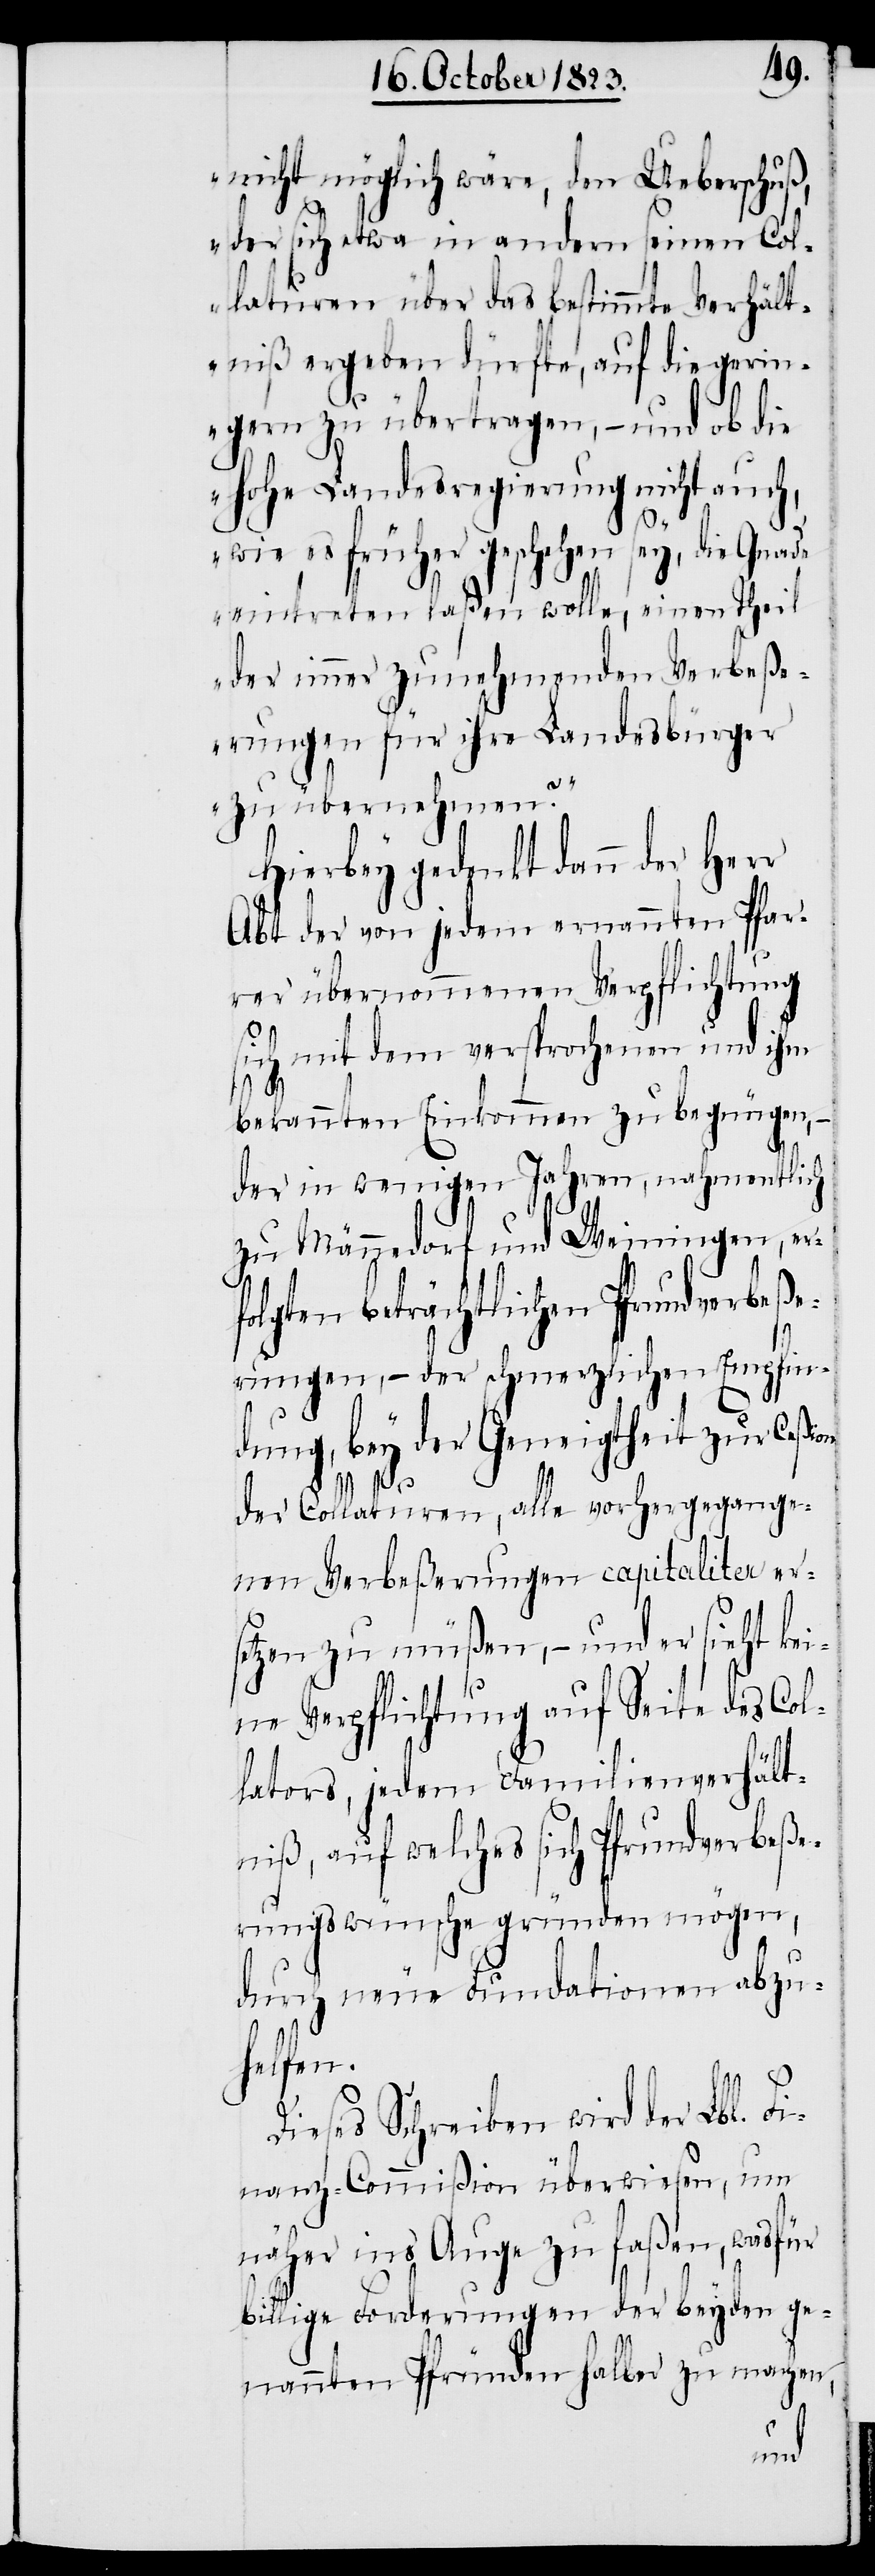
nicht möglich wäre, den Ueberschuß,
der sich etwa in andern seinen Col¬
laturen über das bestimmte Verhält¬
niß ergeben dürfte, auf die gerin¬
gern zu übertragen, − und ob die
hohe Landesregierung nicht auch,
wie es früher geschehen sey, die Gnade
eintreten laßen wolle, einen Theil
der immer zunehmenden Verbeße¬
rungen für ihre Landesbürger
zu übernehmen?“
Hierbey gedenkt dann der Herr
Abt der von jedem ernannten Pfar¬
rer übernommenen Verpflichtung
sich mit dem versprochenen und ihm
bekannten Einkommen zu begnügen, −
der in wenigen Jahren, nahmentlich
zu Männedorf und Weinigen, er¬
folgten beträchtlichen Pfrundverbeße¬
rungen, − der schmerzlichen Empfin¬
dung, bey der Geneigtheit zur Ceßion
der Collaturen, alle vorhergegange¬
nen Verbeßerungen capitaliter er¬
setzen zu müßen, − und er sieht kei¬
ne Verpflichtung auf Seite des Col¬
lators, jedem Familienverhält¬
niß, auf welches sich Pfrundverbeße¬
rungswünsche gründen mögen,
durch neue Fundationen abzu¬
helfen.
Dieses Schreiben wird der Lbl. Fi¬
nanz-Commißion überwiesen, um
näher ins Auge zu faßen, wasfür
billige Forderungen der beyden ge¬
nannten Pfründen halber zu machen,